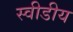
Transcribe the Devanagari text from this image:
स्वीडीय